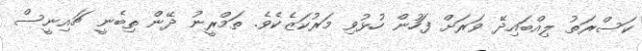
ކަސްރަތު ލިއްބައިދޭ ވަރަށް ފަހުން ހުޅުވި މަރުކަޒެކެވެ. ތަމްރީނު ދޭން ތިބެނީ ޗައިނީސް